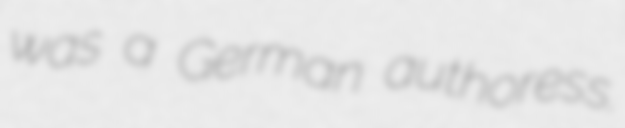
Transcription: was a German authoress.